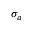
\sigma _ { a }